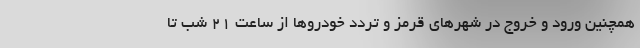
همچنین ورود و خروج در شهرهای قرمز و تردد خودروها از ساعت ۲۱ شب تا